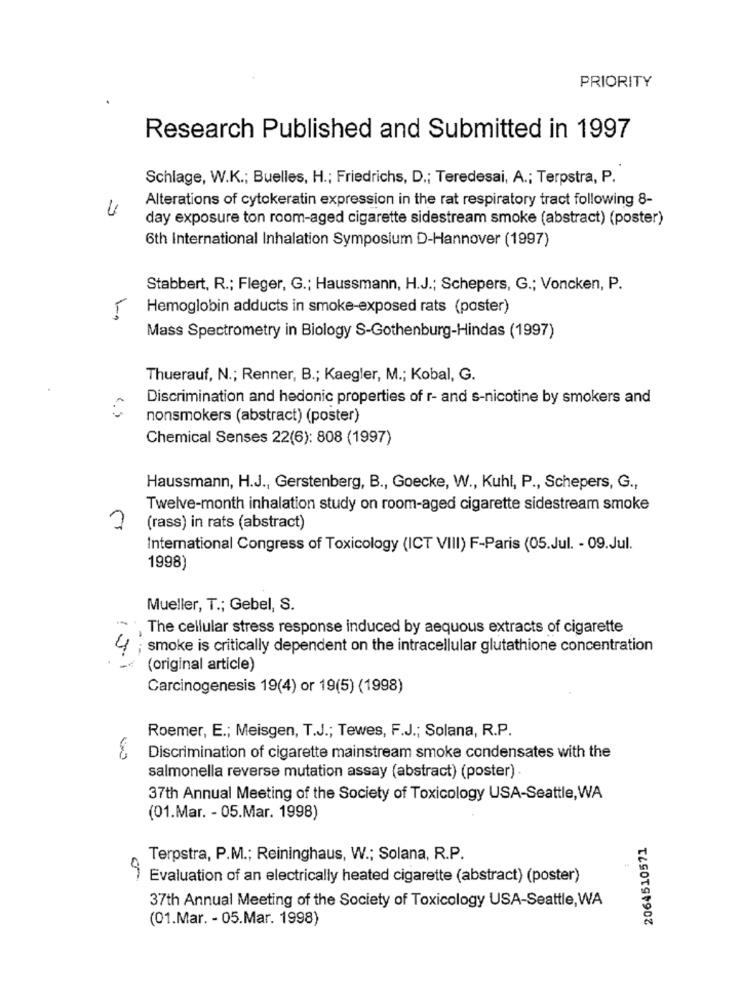
PRIORITY
Research Published and Submitted in 1997
Schlage, W.K .; Buelles, H .; Friedrichs, D .; Teredesai, A .; Terpstra, P.
Alterations of cytokeratin expression in the rat respiratory tract following 8-
4
day exposure ton room-aged cigarette sidestream smoke (abstract) (poster)
6th International Inhalation Symposium D-Hannover (1997)
Stabbert, R .; Fleger, G .; Haussmann, H.J .; Schepers, G .; Voncken, P.
Hemoglobin adducts in smoke-exposed rats (poster)
Mass Spectrometry in Biology S-Gothenburg-Hindas (1997)
Thuerauf, N .; Renner, B .; Kaegler, M .; Kobal, G.
Discrimination and hedonic properties of r- and s-nicotine by smokers and
nonsmokers (abstract) (poster)
Chemical Senses 22(6): 808 (1997)
Haussmann, H.J ., Gerstenberg, B ., Goecke, W ., Kuhl, P ., Schepers, G .,
Twelve-month inhalation study on room-aged cigarette sidestream smoke
(rass) in rats (abstract)
International Congress of Toxicology (ICT VIII) F-Paris (05.Jul. - 09.Jul.
1998)
Mueller, T .; Gebel, S.
The cellular stress response induced by aequous extracts of cigarette
4; smoke is critically dependent on the intracellular glutathione concentration
(original article)
Carcinogenesis 19(4) or 19(5) (1998)
Roemer, E .; Meisgen, T.J .; Tewes, F.J .; Solana, R.P.
Discrimination of cigarette mainstream smoke condensates with the
salmonella reverse mutation assay (abstract) (poster)
37th Annual Meeting of the Society of Toxicology USA-Seattle, WA
(01.Mar. - 05.Mar. 1998)
2064510571
Terpstra, P.M .; Reininghaus, W .; Solana, R.P.
Evaluation of an electrically heated cigarette (abstract) (poster)
37th Annual Meeting of the Society of Toxicology USA-Seattle, WA
(01.Mar. - 05.Mar. 1998)